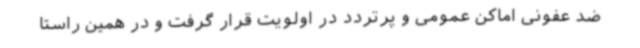
ضد عفونی اماکن عمومی و پرتردد در اولویت قرار گرفت و در همین راستا